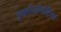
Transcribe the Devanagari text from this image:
इकोनोमेट्रिका